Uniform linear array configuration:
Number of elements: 8
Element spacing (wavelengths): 0.5
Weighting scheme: cosine
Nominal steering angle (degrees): -45
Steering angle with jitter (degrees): -46.263
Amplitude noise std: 0.05
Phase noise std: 0.05

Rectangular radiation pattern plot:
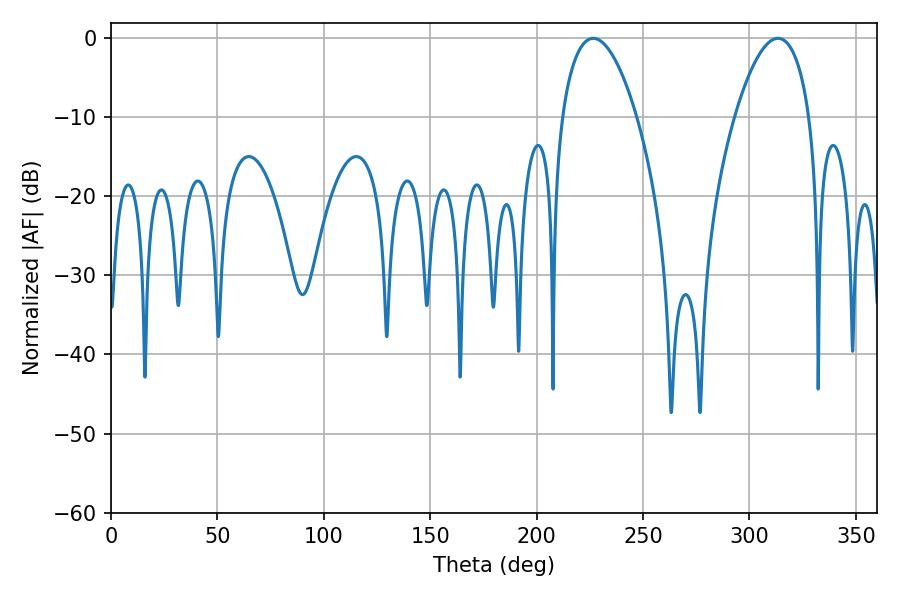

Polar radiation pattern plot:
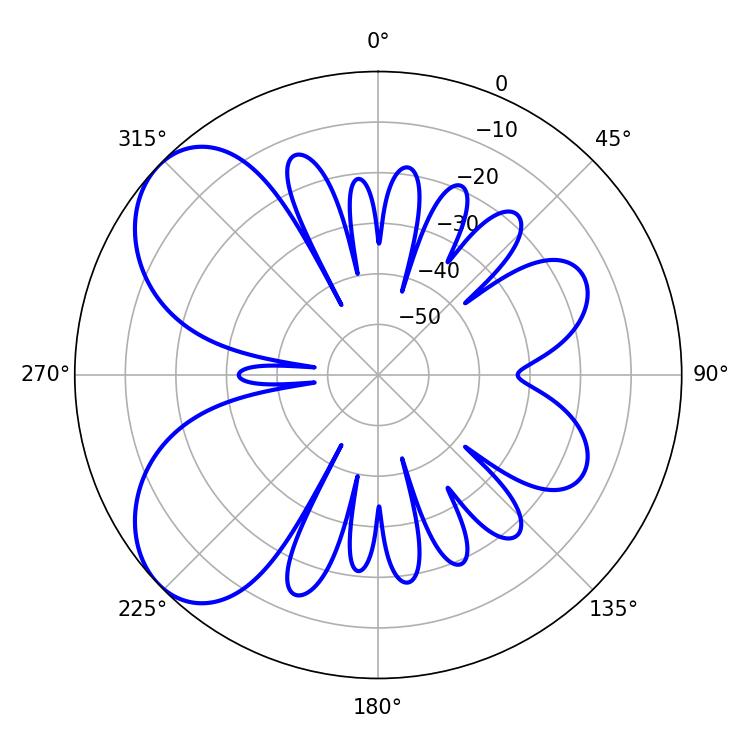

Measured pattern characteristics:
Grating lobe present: FALSE
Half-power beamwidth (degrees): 19.62
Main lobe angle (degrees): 226.62